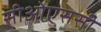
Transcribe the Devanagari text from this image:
सीओएससी